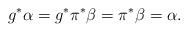
LaTeX: \begin{gather*}g^* \alpha = g^* \pi^* \beta = \pi^* \beta = \alpha.\end{gather*}